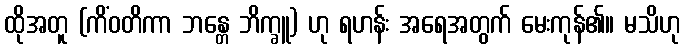
ထိုအတူ (ကိံဝတိကာ ဘန္တေ ဘိက္ခူ) ဟု ရဟန်း အရေအတွက် မေးကုန်၏။ မသိဟု